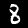
Digit: 8